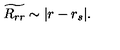
\widetilde { R _ { r r } } \sim | r - r _ { s } | .